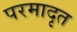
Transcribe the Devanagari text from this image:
परमादृत